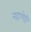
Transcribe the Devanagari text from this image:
नहाणेही